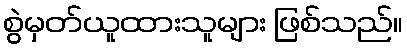
စွဲမှတ်ယူထားသူများ ဖြစ်သည်။